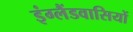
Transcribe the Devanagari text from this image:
इंग्लैंडवासियों